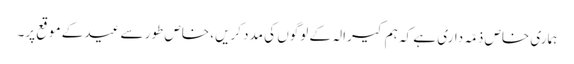
ہماری خاص ذمّہ داری ہے کہ ہم کیرالہ کے لوگوں کی مدد کریں، خاص طور سے عید کے موقع پر۔